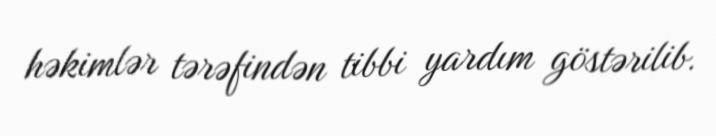
həkimlər tərəfindən tibbi yardım göstərilib.